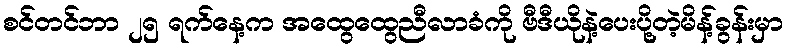
စင်တင်ဘာ ၂၅ ရက်နေ့က အထွေထွေညီလာခံကို ဗီဒီယိုနဲ့ပေးပို့တဲ့မိန့်ခွန်းမှာ